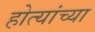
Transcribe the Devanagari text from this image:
होत्यांच्या